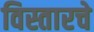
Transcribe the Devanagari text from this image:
विस्तारचे